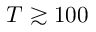
T \gtrsim 1 0 0